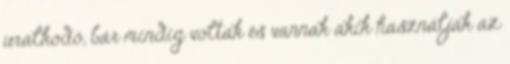
uralkodó, bár mindig voltak és vannak akik használják az